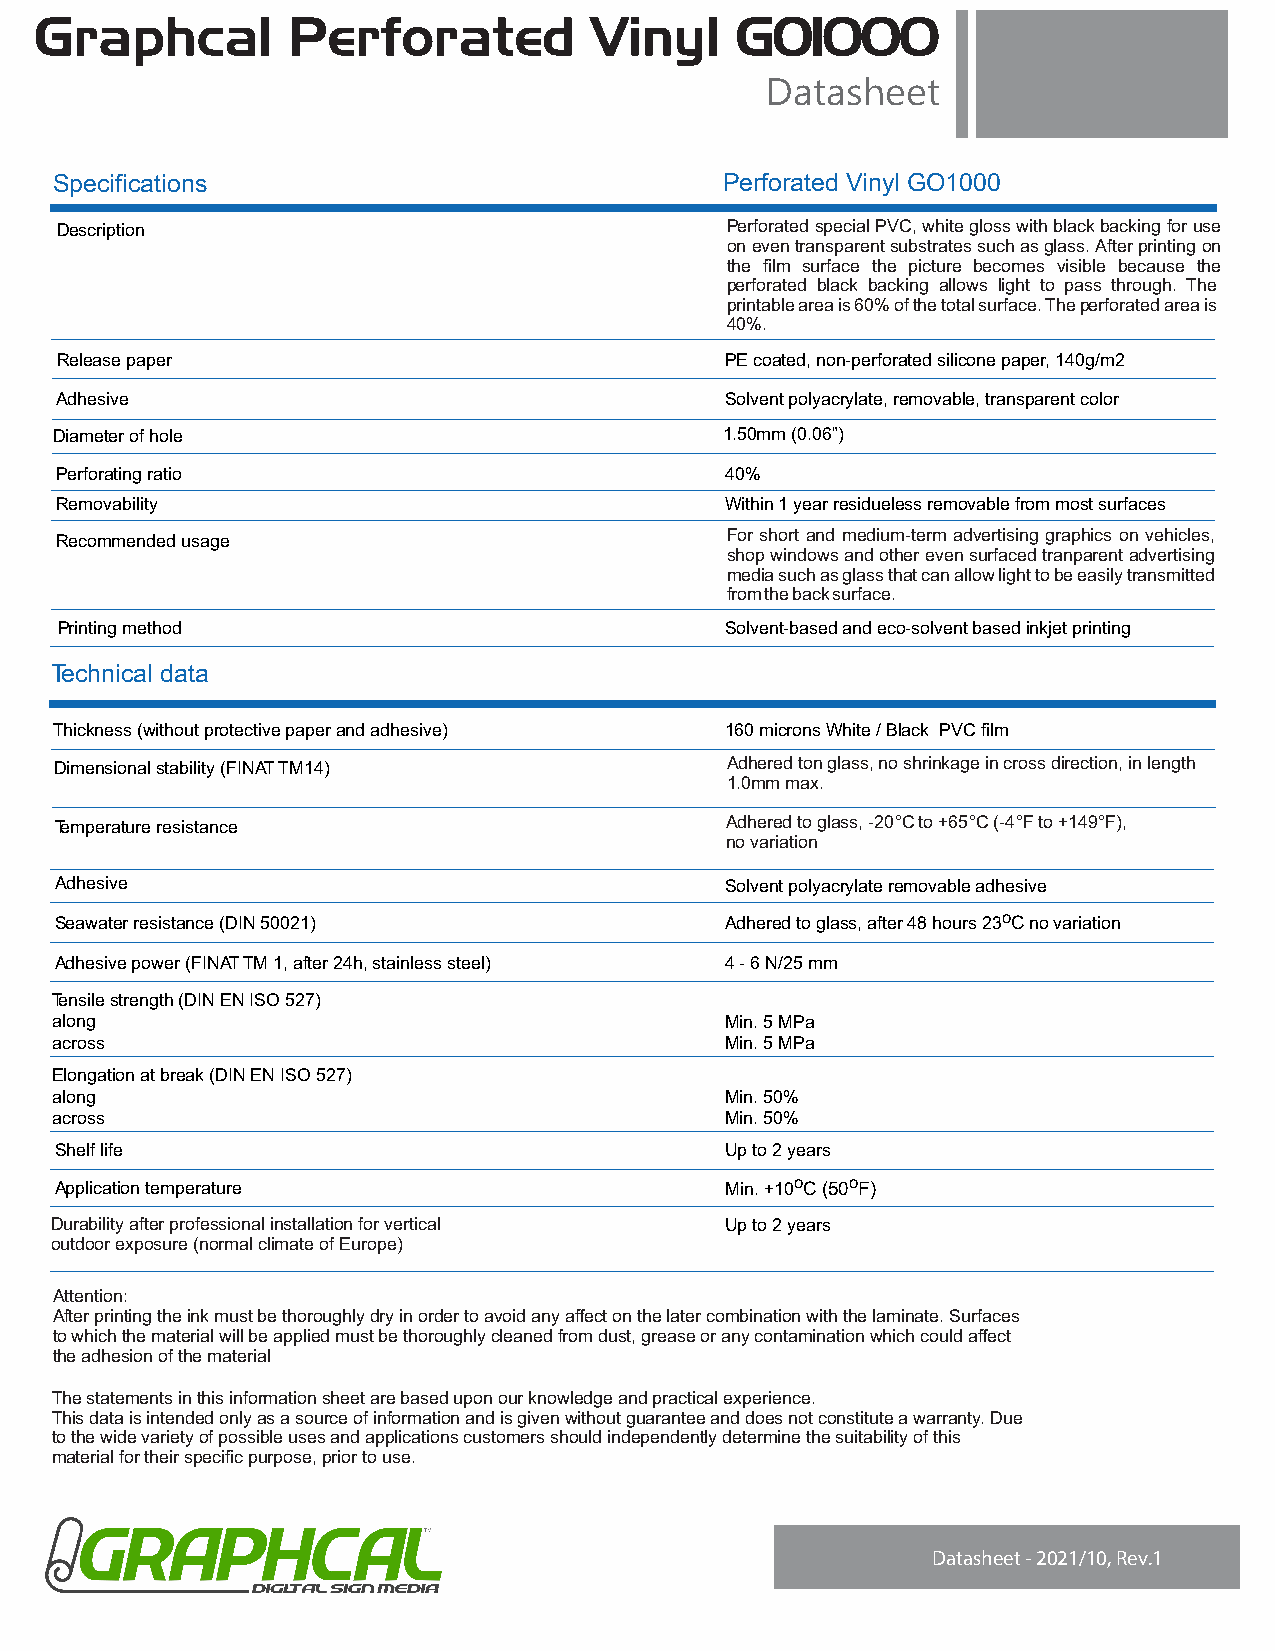
Graphcal         Perforated          Vinyl     GO1000
 Datasheet
 Specifications                              Perforated Vinyl GO1000
 Description                                 Perforated special PVC, white gloss with black backing for use
 on even transparent substrates such as glass. After printing on
 the film surface the picture becomes visible because the
 perforated black backing allows light to pass through. The
 printable area is 60% of the total surface. The perforated area is
 40%.
 Release paper                               PE coated, non-perforated silicone paper, 140g/m2
 Adhesive                                    Solvent polyacrylate, removable, transparent color
 Diameter of hole                            1.50mm (0.06”)
 Perforating ratio                           40%
 Removability                                Within 1 year residueless removable from most surfaces
 Recommended usage                           For short and medium-term advertising graphics on vehicles,
 shopwindowsandotherevensurfacedtranparentadvertising
 mediasuchasglassthatcanallowlighttobeeasilytransmitted
 fromthebacksurface.
 Printing method                             Solvent-based and eco-solvent based inkjet printing
 Technical data
 Thickness (without protective paper and adhesive) 160 microns White / Black PVCfilm
 Dimensional stability (FINATTM14)           Adhered ton glass, no shrinkage in cross direction, in length
 1.0mm max.
 Temperature resistance                      Adhered to glass, -20°Cto +65°C(-4°Fto +149°F),
 no variation
 Adhesive                                    Solvent polyacrylate removable adhesive
 Seawater resistance (DIN 50021)             Adhered to glass, after 48 hours23oCno variation
 Adhesive power (FINATTM 1, after 24h, stainless steel) 4 - 6 N/25 mm
 Tensile strength (DIN EN ISO 527)
 along                                        Min. 5 MPa
 across                                       Min. 5 MPa
 Elongation at break (DIN EN ISO 527)
 along                                        Min. 50%
 across                                       Min. 50%
 Shelf life                                  Up to 2 years
 Application temperature                     Min. +10oC (50oF)
 Durability after professional installation for vertical Up to 2 years
 outdoor exposure (normal climate of Europe)
 Attention:
 After printing the ink must be thoroughly dry in order to avoid any affect on the later combination with the laminate. Surfaces
 to which the material will be applied must be thoroughly cleaned from dust, grease or any contamination which could affect
 the adhesion of the material
 The statements in this information sheet are based upon our knowledge and practical experience.
 This data is intended only as a source of information and is given without guarantee and does not constitute a warranty. Due
 to the wide variety of possible uses and applications customers should independently determine the suitability of this
 material for their specific purpose, prior to use.
 Datasheet - 2021/10, Rev.1